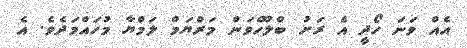
އެއް ވަނަ ހޯދީ އެ ރަށު ބްލޫހެވަން މަރްޔަމް ލަމްޔާ މުހައްމަދެވެ. އެ